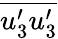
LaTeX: \overline{{u_{3}^{\prime}u_{3}^{\prime}}}